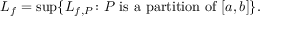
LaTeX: L _ { f } = \operatorname* { s u p } \{ L _ { f , P } \colon P { \mathrm { ~ i s ~ a ~ p a r t i t i o n ~ o f ~ } } [ a , b ] \} . \,